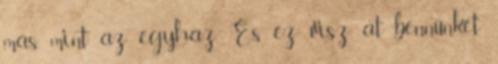
más, mint az egyház. És ez visz át bennünket